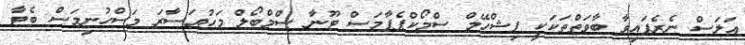
އަލަސް ނެރެފައިވާ ބާވަތްތަކަކީ ފިޝްހޭމް ސްމޯކްޕެޕާމަސް ޓޫނާ ސްމްބޯލް މަހުއަސާރަ މަސްހުނިމަސް ބެޓާ